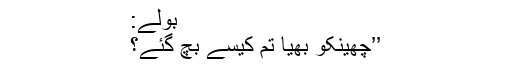
بولے:
’’چھینکو بھیا تم کیسے بچ گئے؟